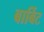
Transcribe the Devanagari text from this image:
बार्बिट